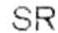
SR